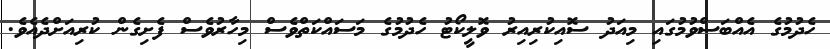
ހެދުމުގެ އެއްބަސްވުމުގައި މިއަދު ސޮއިކުރިއިރު ވޮލީކޯޓު ހެދުމުގެ މަސައްކަތްވެސް މިހާރުވެސް ފެށިގެން ކުރިއަށްދެއެވެ.